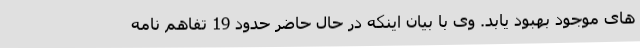
های موجود بهبود یابد. وی با بیان اینکه در حال حاضر حدود 19 تفاهم نامه